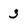
Character: 3